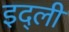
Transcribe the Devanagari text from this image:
इद्ली